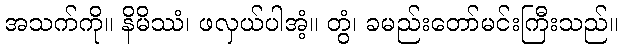
အသက်ကို။ နိမိဿံ၊ ဖလှယ်ပါအံ့။ တွံ၊ ခမည်းတော်မင်းကြီးသည်။